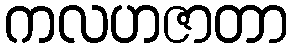
ကလဟဇာတာ